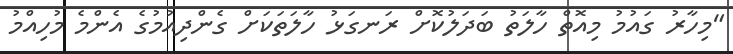
"މިހާރު ގައުމު މިއޮތް ހާލަތު ބަދަލުކޮށް ރަނގަޅު ހާލަތަކަށް ގެންދިއުމުގެ އެންމެ މުހިއްމު